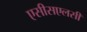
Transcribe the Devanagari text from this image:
एसीसएलसी